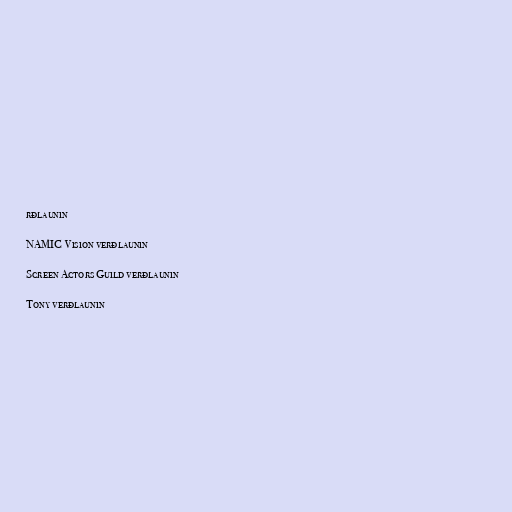
rðlaunin

NAMIC Vision verðlaunin

Screen Actors Guild verðlaunin

Tony verðlaunin